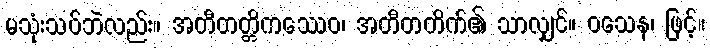
မသုံးသပ်ဘဲလည်း။ အတီတတ္တိကဿေဝ၊ အတီတတိက်၏ သာလျှင်။ ဝသေန၊ ဖြင့်။